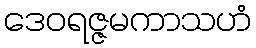
ဒေဝရဇ္ဇမကာသဟံ